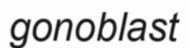
gonoblast